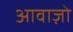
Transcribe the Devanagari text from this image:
आवाज़ो